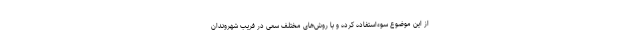
از این موضوع سوءاستفاده کرده و با روش‌های مختلف سعی در فریب شهروندان